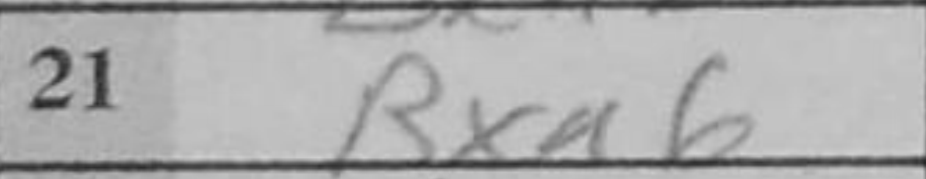
Transcription: Bxa6